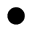
\bullet